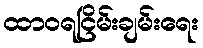
ထာဝရငြိမ်းချမ်းရေး